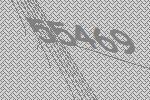
55469